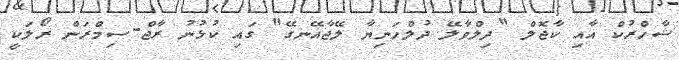
ޝާހްރުކް އާއި ކާޖޮލް "ދިލްވާލޭ ދުލްހަނިޔާ ލޭޖާއޭނގޭ" ގައި ކުޅުނު ރާޖް-ސިމްރަން ރޯލަކީ